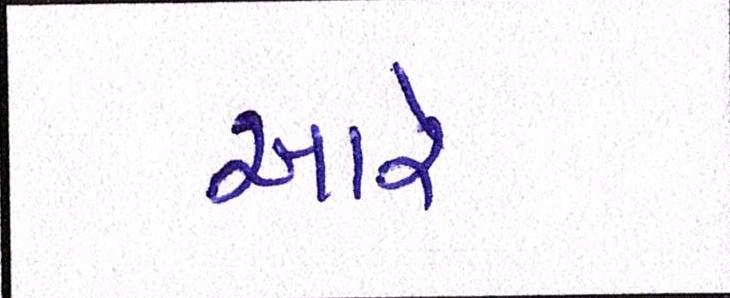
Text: આરે